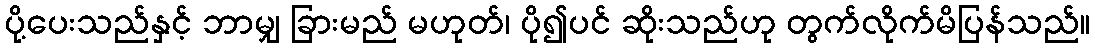
ပို့ပေးသည်နှင့် ဘာမျှ ခြားမည် မဟုတ်၊ ပို၍ပင် ဆိုးသည်ဟု တွက်လိုက်မိပြန်သည်။